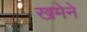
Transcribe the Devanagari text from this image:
खमेने